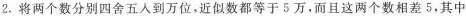
2.将两个数分别四舍五入到万位，近似数都等于5万，而且这两个数相差5，其中